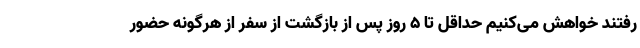
رفتند خواهش می‌کنیم حداقل تا ۵ روز پس از بازگشت از سفر از هرگونه حضور